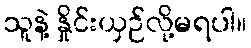
သူနဲ့ နှိုင်းယှဉ်လို့မရပါ။